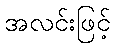
အလင်းဖြင့်